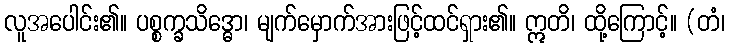
လူအပေါင်း၏။ ပစ္စက္ခသိဒ္ဓော၊ မျက်မှောက်အားဖြင့်ထင်ရှား၏။ ဣတိ၊ ထို့ကြောင့်။ (တံ၊